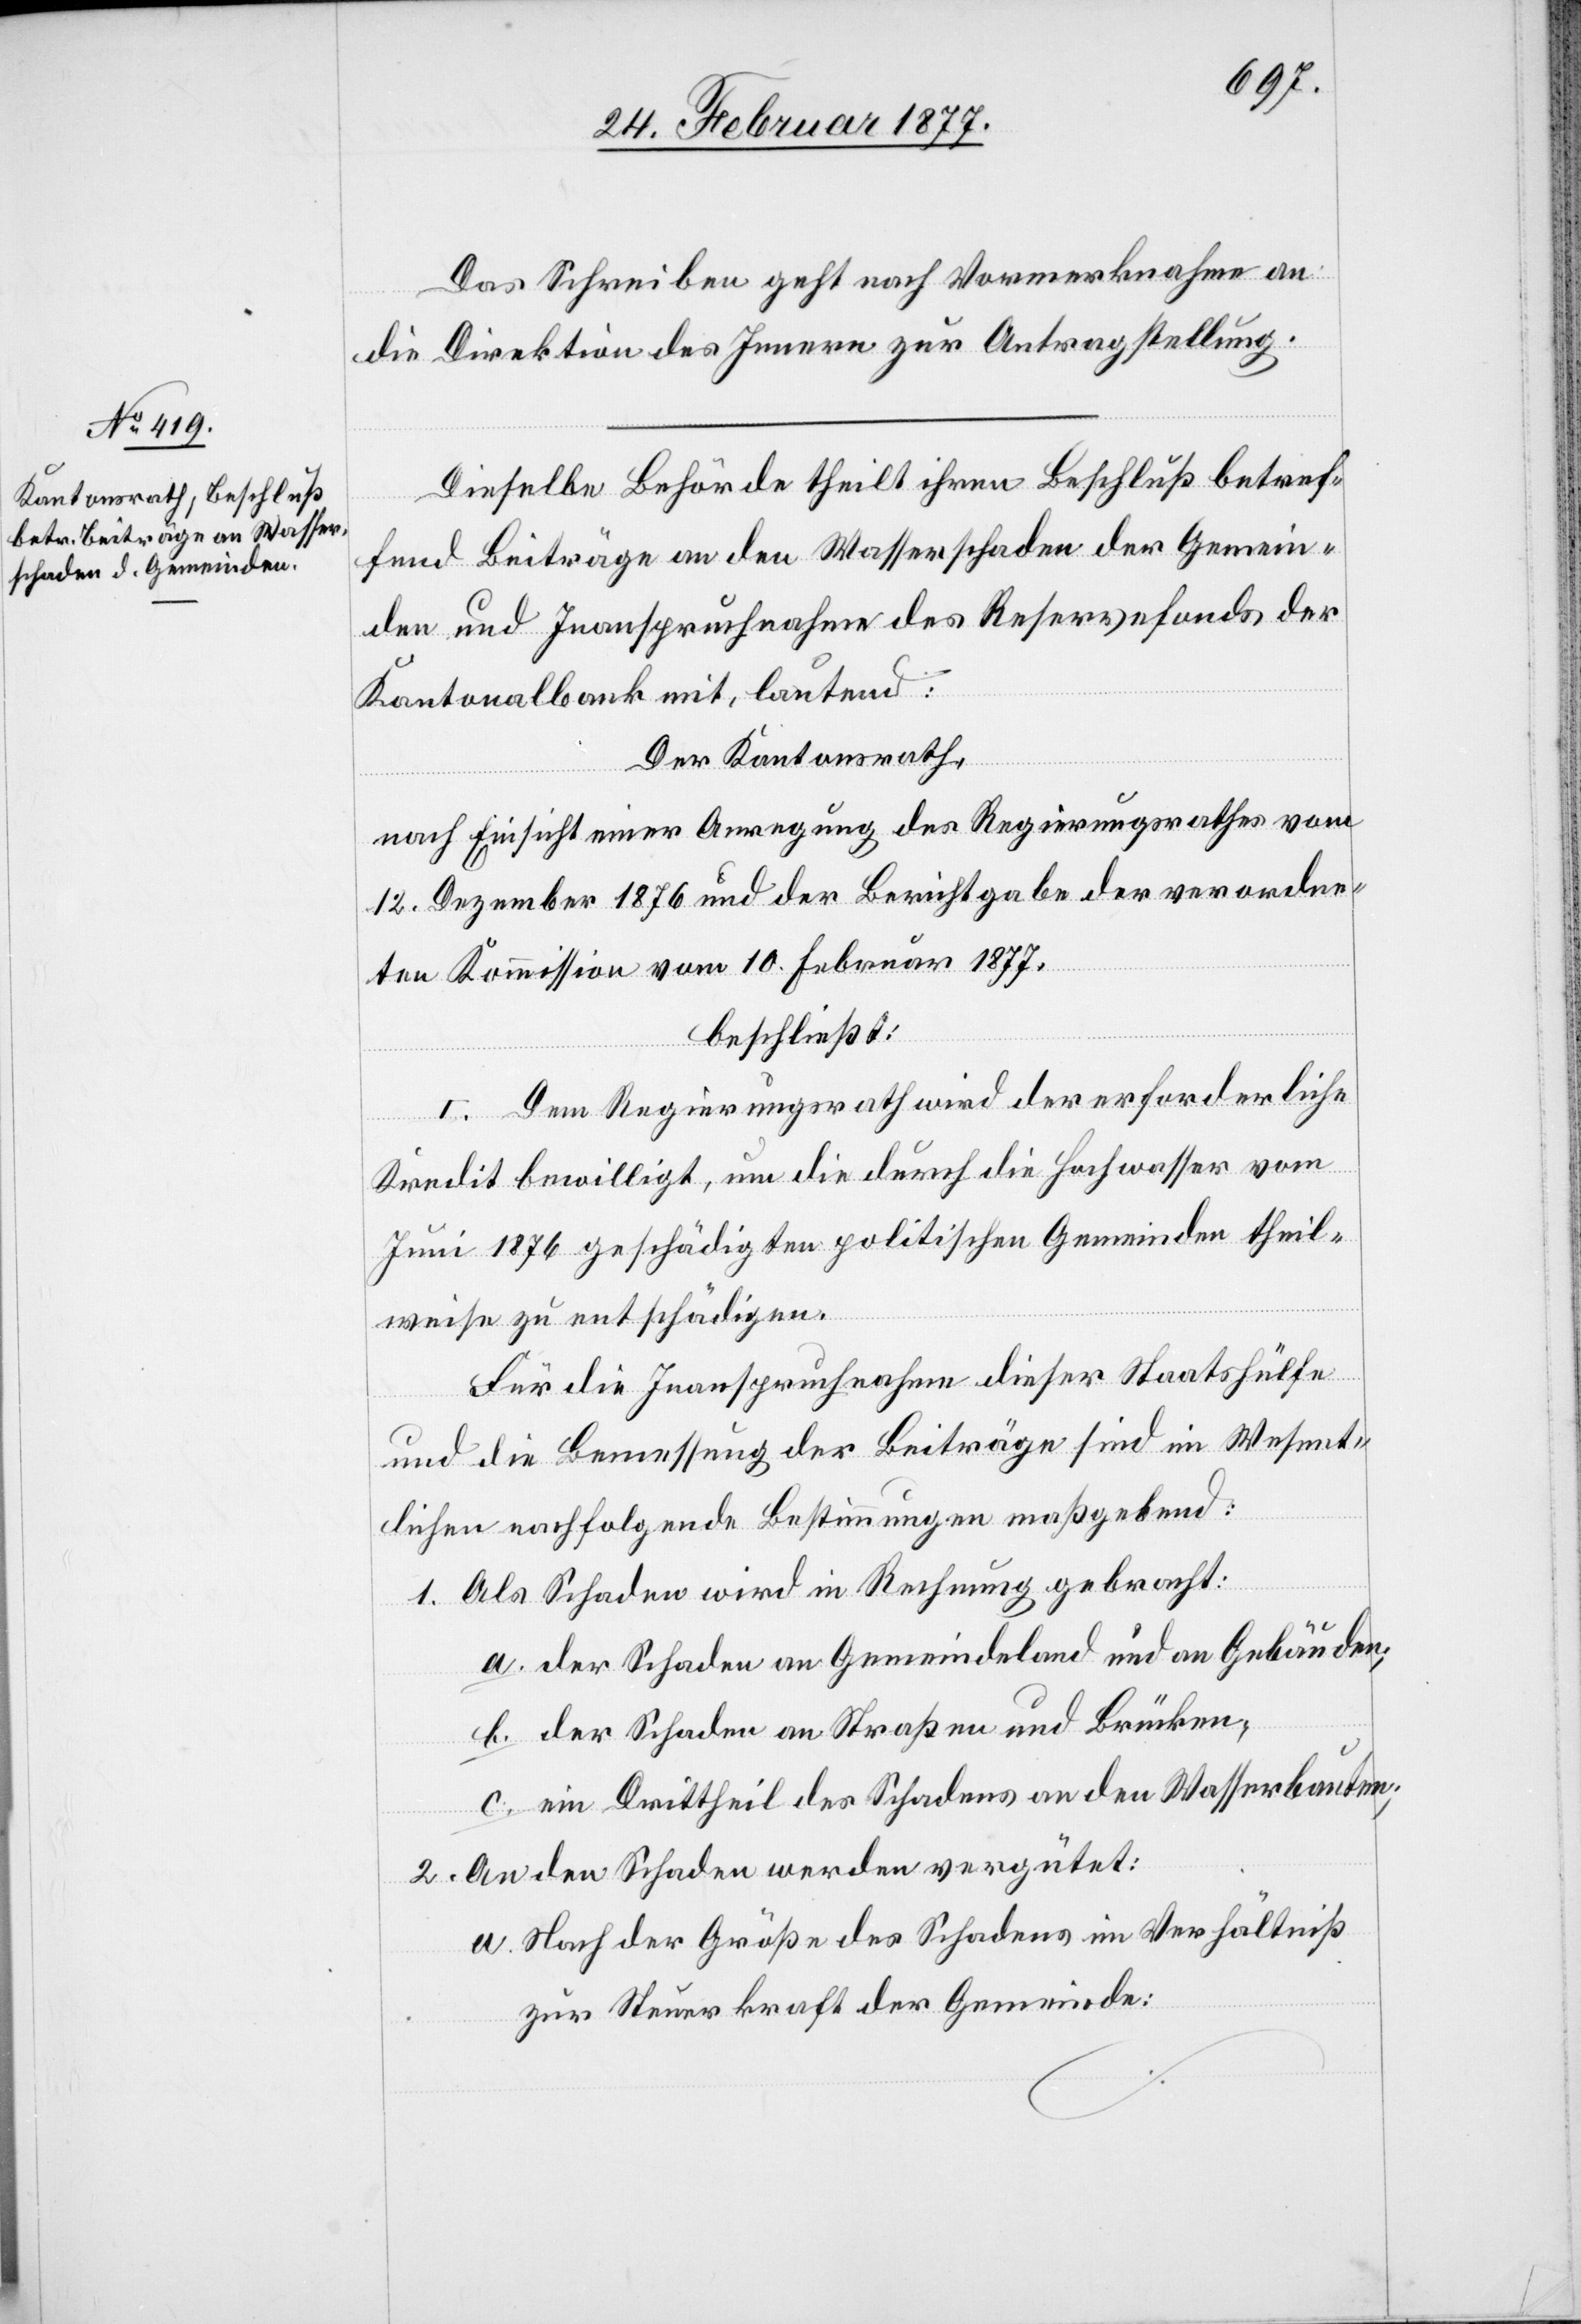
Das Schreiben geht nach Vormerknahme an
die Direktion des Innern zur Antragstellung.
Dieselbe Behörde theilt ihren Beschluß betref¬
fend Beiträge an den Wasserschaden der Gemein¬
den und Inanspruchnahme des Reservefonds der
Kantonalbank mit, lautend:
Der Kantonsrath,
nach Einsicht einer Anregung des Regierungsrathes vom
12. Dezember 1876 und der Berichtgabe der verordne¬
ten Kommission vom 10. Februar 1877,
beschließt:
I. Dem Regierungsrath wird der erforderliche
Kredit bewilligt, um die durch die Hochwasser vom
Juni 1876 geschädigten politischen Gemeinden theil¬
weise zu entschädigen.
Für die Inanspruchnahme dieser Staatshülfe
und die Bemessung der Beiträge sind im Wesent¬
lichen nachfolgende Bestimmungen maßgebend:
1. Als Schaden wird in Rechnung gebracht:
a. der Schaden an Gemeindeland und an Gebäuden;
b. der Schaden an Straßen und Brücken;
c. ein Drittheil des Schadens an den Wasserbauten;
2. An den Schaden werden vergütet:
a. Nach der Größe des Schadens im Verhältniß
zur Steuerkraft der Gemeinde: